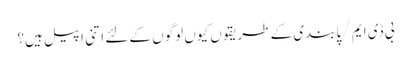
بی ڈی ایم / پابندی کے طریقوں کیوں لوگوں کے لئے اتنی اپیل ہیں؟